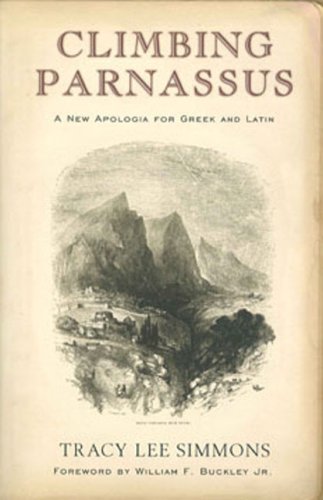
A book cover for Climbing Parnassus: A New Apologia for Greek and Latin; Tracy Lee Simmons; Literature & Fiction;